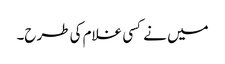
میں نے کسی غلام کی طرح۔